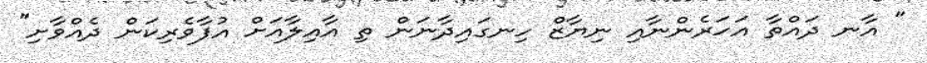
" އާނ ދައްތާ އަހަރެންނާއި ނިޔާޒް ހިނގައިދާނަން ތި އާއިލާއަށް އުފާވެރިކަން ދެއްވާށި"